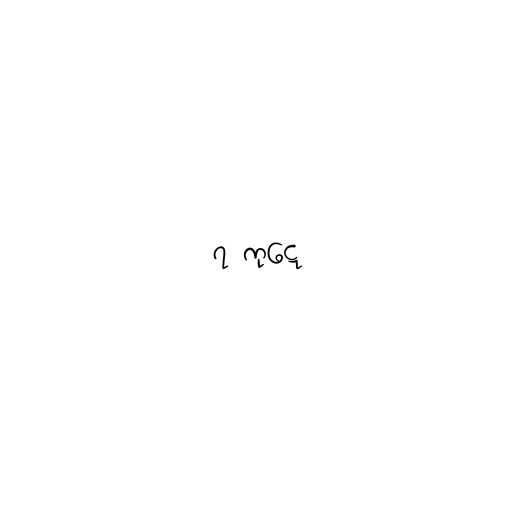
၇ ကုဋေ